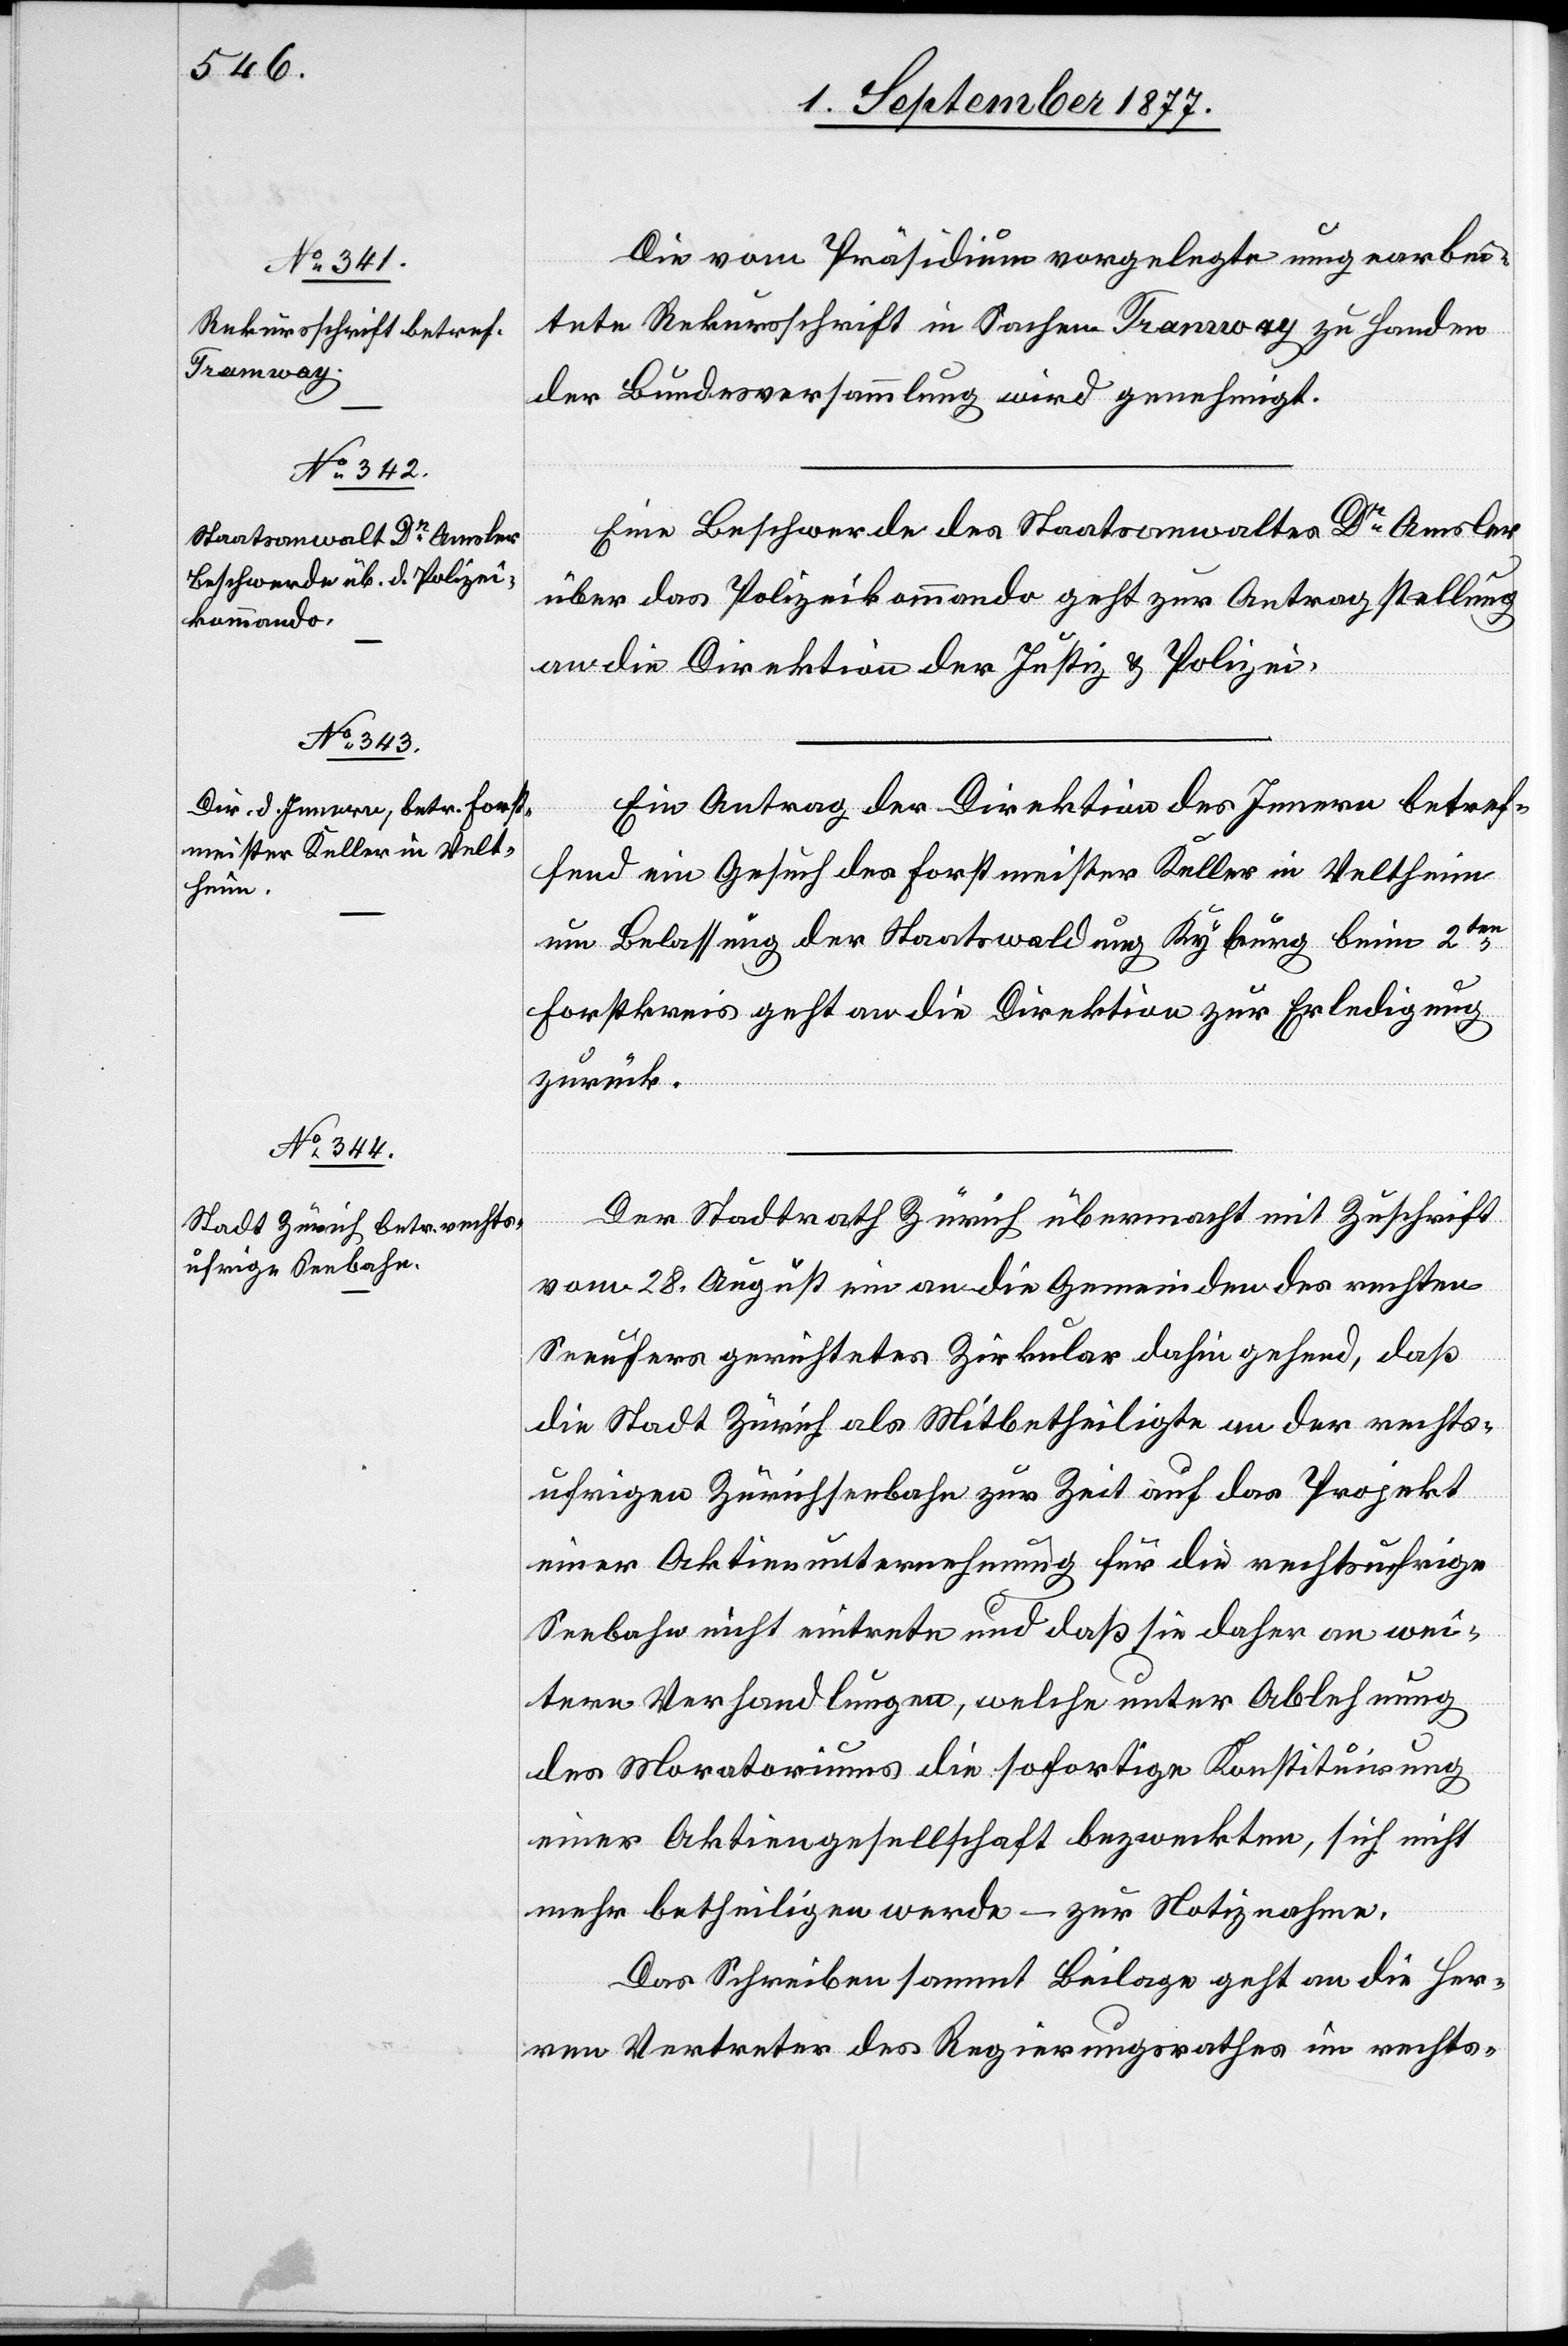
Die vom Präsidium vorgelegte umgearbei¬
tete Rekursschrift in Sachen Tramway zu Handen
der Bundesversammlung wird genehmigt.
Eine Beschwerde des Staatsanwaltes Dr Amsler
über das Polizeikommando geht zur Antragstellung
an die Direktion der Justiz & Polizei.
Ein Antrag der Direktion des Innern betref¬
fend ein Gesuch des Forstmeister Keller in Veltheim
um Belassung der Staatswaldung Kyburg beim 2ten
Forstkreis geht an die Direktion zur Erledigung
zurück.
Der Stadtrath Zürich übermacht mit Zuschrift
vom 28. August ein an die Gemeinden des rechten
Seeufers gerichtetes Zirkular dahin gehend, daß
die Stadt Zürich als Mitbetheiligte an der rechts¬
ufrigen Zürichseebahn zur Zeit auf das Projekt
einer Aktienunternehmung für die rechtsufrige
Seebahn nicht eintrete und daß sie daher an wei¬
tere Verhandlungen, welche unter Ablehnung
des Moratoriums die sofortige Konstituirung
einer Aktiengesellschaft bezweckten, sich nicht
mehr betheiligen werde – zur Notiznahme.
Das Schreiben sammt Beilage geht an die Her¬
ren Vertreter des Regierungsrathes im rechts-